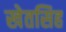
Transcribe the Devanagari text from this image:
खेतसिह